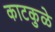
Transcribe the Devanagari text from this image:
काटकुळे